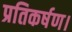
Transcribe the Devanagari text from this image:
प्रतिकर्षण।